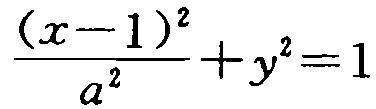
\frac{(x - 1)^2}{a^2} + y^2 = 1